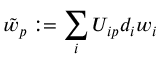
\tilde { w } _ { p } : = \sum _ { i } U _ { i p } d _ { i } w _ { i }